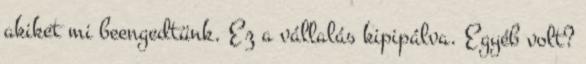
akiket mi beengedtünk. Ez a vállalás kipipálva. Egyéb volt?